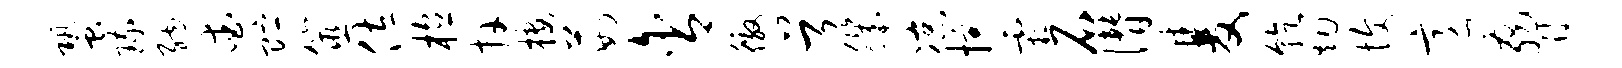
蛩琉纳爱贮筮佐植卉楼茹含徼首肌凉掠霜石僭双乾烟愎意胁